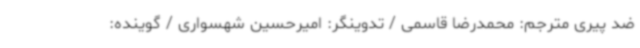
ضد پیری مترجم: محمدرضا قاسمی / تدوینگر: امیرحسین شهسواری / گوینده: